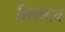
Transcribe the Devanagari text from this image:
बिललाय